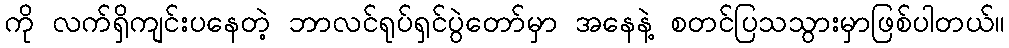
ကို လက်ရှိကျင်းပနေတဲ့ ဘာလင်ရုပ်ရှင်ပွဲတော်မှာ အနေနဲ့ စတင်ပြသသွားမှာဖြစ်ပါတယ်။